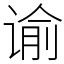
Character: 谕